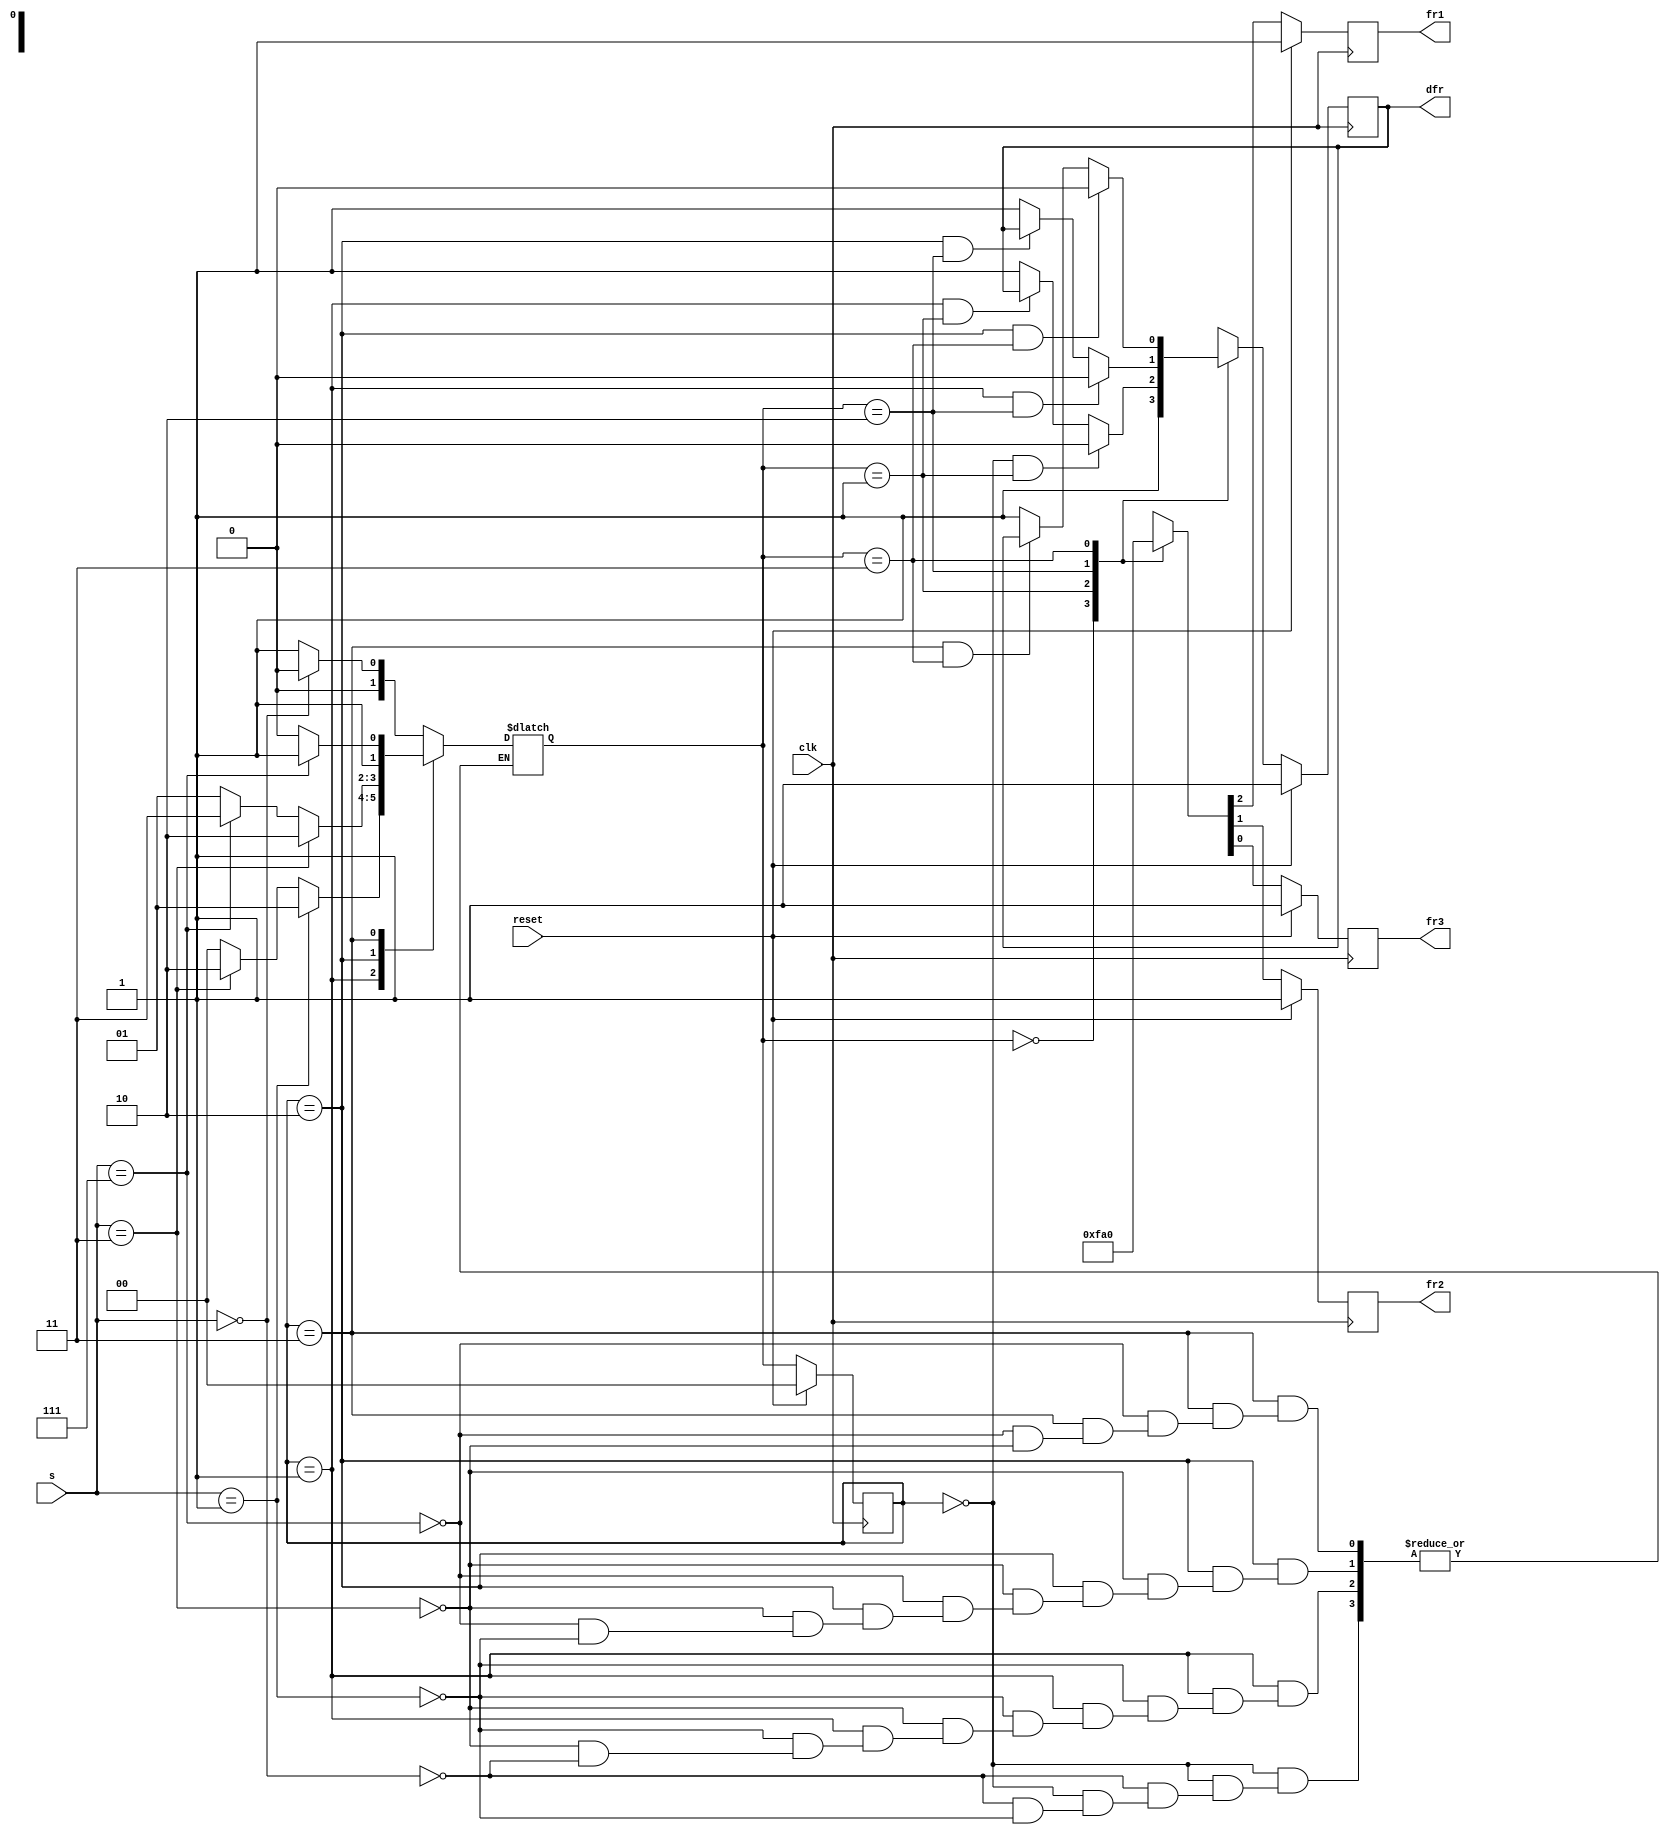
module top_module (
     input clk,
    input reset,
    input [3:1] s,
    output fr3,
    output fr2,
    output fr1,
    output dfr
); 
    reg [1:0] state,next_state;
    parameter s0=0,s1=1,s2=2,s3=3;


    always @(posedge clk)
        begin
            if(reset)
                state <= s0;
            else
                state <= next_state;
        end


    always @(*)
        begin
            case(state)
                s0: begin
                    if(s == 3'b000)
                        next_state = s0;
                    else if(s == 3'b001)
                        next_state = s1;
                end
                s1:begin
                    if(s == 3'b001)
                        next_state = s1;
                    else if(s == 3'b011)
                        next_state = s2;
                    else if(s == 3'b000)
                        next_state = s0;
                end
                s2:begin
                    if(s == 3'b011)
                        next_state = s2;
                    else if(s == 3'b111)
                        next_state = s3;
                    else if(s == 3'b001)
                        next_state = s1;
                end
                s3:begin
                    if(s == 3'b111)
                        next_state = s3;
                    else if(s == 3'b011)
                        next_state = s2;
                end
                default: next_state = s0;
            endcase        
        end


    always @(posedge clk)
        begin
            if(reset)
				begin
            {fr1,fr2,fr3} = 3'b111;
            dfr = 1'b1;
				end 
            else 
				begin
                    case(next_state) 
                        s0:begin
                        {fr1,fr2,fr3} = 3'b111;
                         dfr = 1'b1;
                        end
                        s1:begin
                            {fr1,fr2,fr3} = 3'b110;
                            if(state == s0 & next_state ==  s1)
                                dfr = 1'b0;
                            else if(state == s1 && next_state == s1)
                                dfr = dfr;
                            else
                                dfr = 1'b1;
                        end
                        s2:begin
                            {fr1,fr2,fr3} = 3'b100;
                            if(state == s1 & next_state ==  s2)
                                dfr = 1'b0;
                            else if(state == s2 && next_state == s2)
                                dfr = dfr;
                            else
                                dfr = 1'b1;
                        end
                        s3:begin
                            {fr1,fr2,fr3} = 3'b000;
                            if(state == s2 & next_state ==  s3)
                                dfr = 1'b0;
                            else if(state == s3 && next_state == s3)
                                dfr = dfr;
                            else
                                dfr = 1'b1;
                        end
                endcase
        end
		end 
endmodule